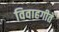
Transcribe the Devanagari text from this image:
विवाहगीते